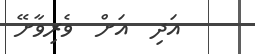
އަދި  އަށް  ވެރިވާށޭ